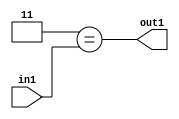
`timescale 1ps / 1ps
/*****************************************************************************
    Verilog RTL Description
    
    
    Created by: Stratus DpOpt 21.05.01 
*******************************************************************************/

module dut_Eqi3u3_4 (
	in1,
	out1
	); /* architecture "behavioural" */ 
input [2:0] in1;
output  out1;
wire  asc001;

assign asc001 = (8'B00000011==in1);

assign out1 = asc001;
endmodule

/* CADENCE  urT5SAo= : u9/ySxbfrwZIxEzHVQQV8Q== ** DO NOT EDIT THIS LINE ******/